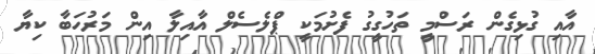
އާއި ގުޅިގެން ރަސްމީ ތަހުގީގު ފެށުމަކީ ޕްލެސެލް އާއިލާ އިން މަރުހަބާ ކިޔާ